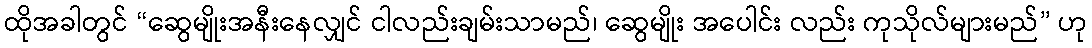
ထိုအခါတွင် “ဆွေမျိုးအနီးနေလျှင် ငါလည်းချမ်းသာမည်၊ ဆွေမျိုး အပေါင်း လည်း ကုသိုလ်များမည်” ဟု